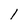
Character: 1